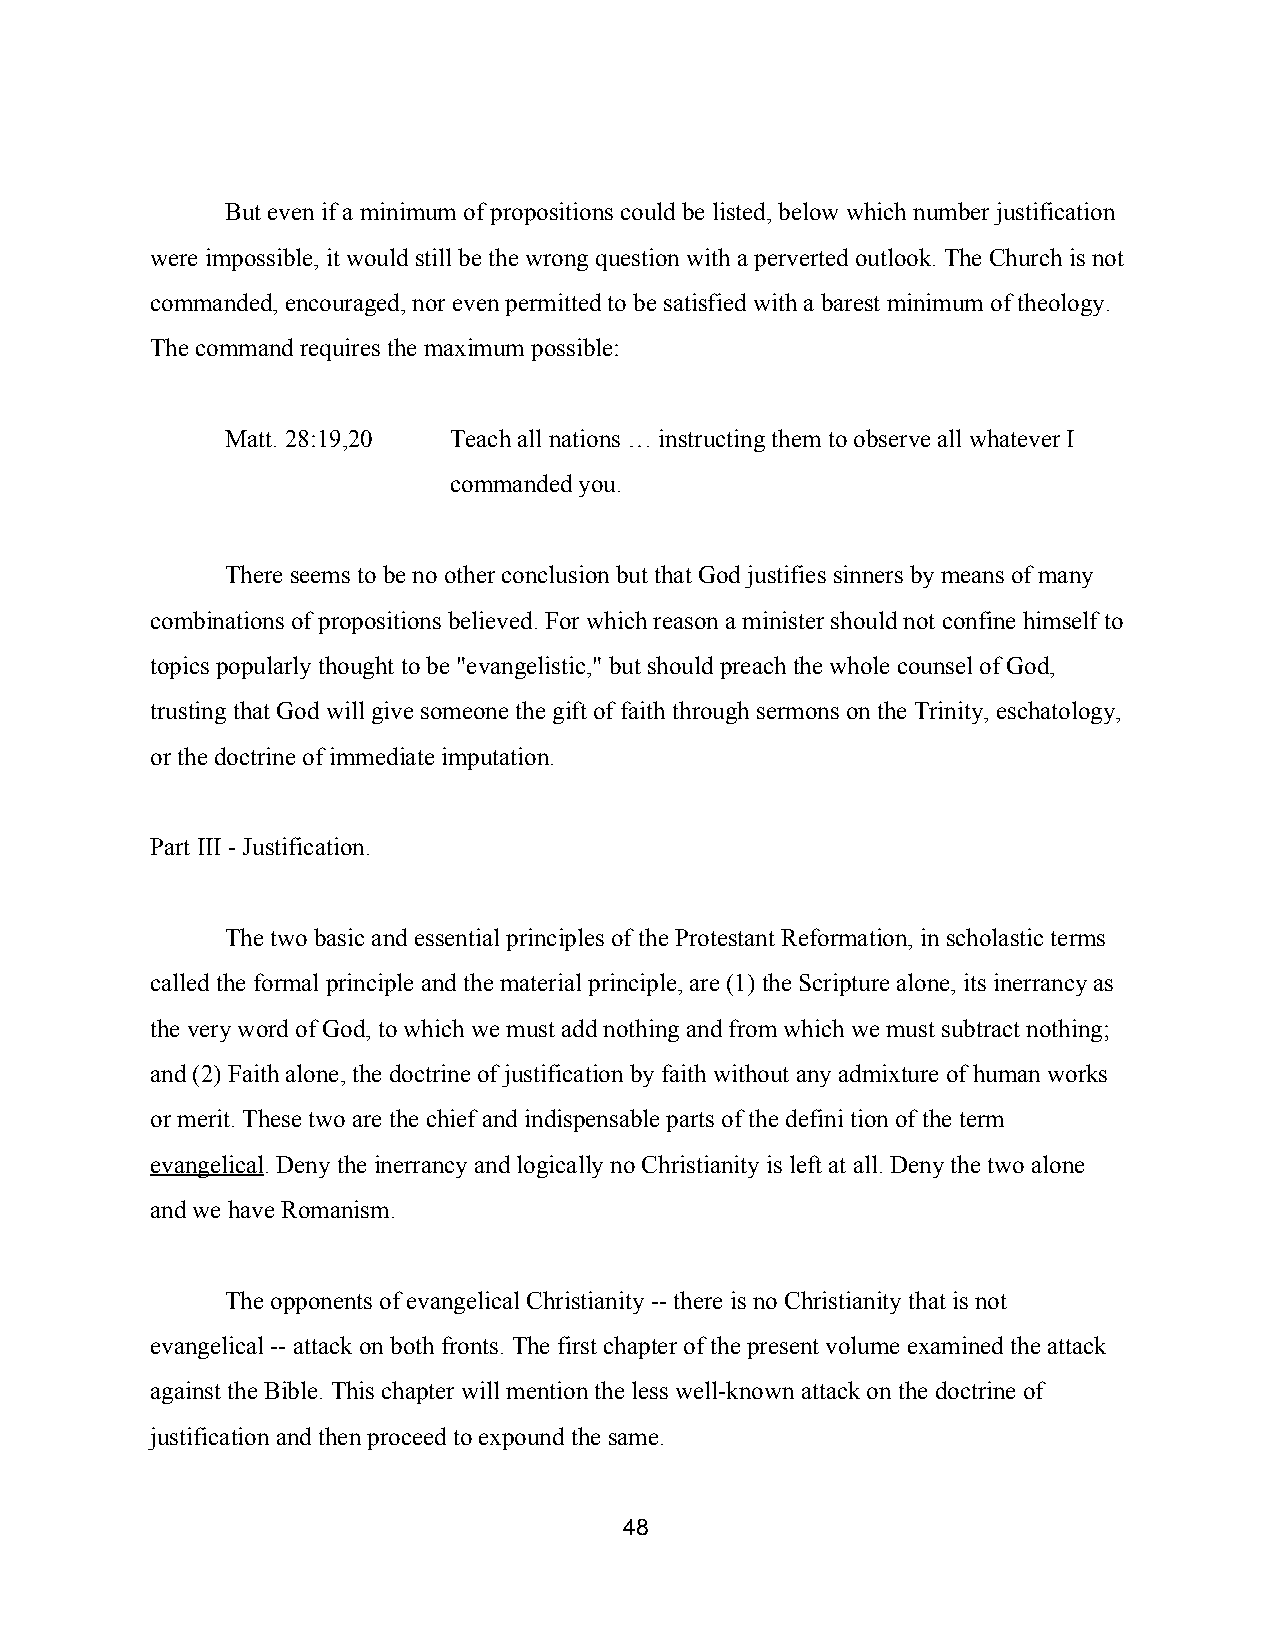
But even if a minimum of propositions could be listed, below which number justification
 were impossible, it would still be the wrong question with a perverted outlook. The Church is not
 commanded, encouraged, nor even permitted to be satisfied with a barest minimum of theology.
 The command requires the maximum possible:
 Matt. 28:19,20 Teach all nations … instructing them to observe all whatever I
 commanded you.
 There seems to be no other conclusion but that God justifies sinners by means of many
 combinations of propositions believed. For which reason a minister should not confine himself to
 topics popularly thought to be "evangelistic," but should preach the whole counsel of God,
 trusting that God will give someone the gift of faith through sermons on the Trinity, eschatology,
 or the doctrine of immediate imputation.
 Part III ­ Justification.
 The two basic and essential principles of the Protestant Reformation, in scholastic terms
 called the formal principle and the material principle, are (1) the Scripture alone, its inerrancy as
 the very word of God, to which we must add nothing and from which we must subtract nothing;
 and (2) Faith alone, the doctrine of justification by faith without any admixture of human works
 or merit. These two are the chief and indispensable parts of the defini tion of the term
 evangelical. Deny the inerrancy and logically no Christianity is left at all. Deny the two alone
 ​
 and we have Romanism.
 The opponents of evangelical Christianity ­­ there is no Christianity that is not
 evangelical ­­ attack on both fronts. The first chapter of the present volume examined the attack
 against the Bible. This chapter will mention the less well­known attack on the doctrine of
 justification and then proceed to expound the same.
 48